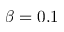
\beta = 0 . 1